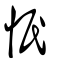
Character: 怋